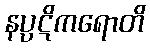
နပ္ပဋိကရောတိ